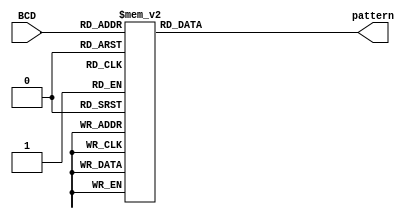
module bcd_to_7seg(BCD, pattern);
output reg [6:0] pattern; 
input wire [3:0] BCD; 
always @ (BCD) 
begin // BCD to 7-segment decoding 
case (BCD) // s0 - s6 are active low
	4'b0000: pattern = 7'b000_1000;
	4'b0001: pattern = 7'b110_1101;
	4'b0010: pattern = 7'b010_0010;
	4'b0011: pattern = 7'b010_0100;
	4'b0100: pattern = 7'b100_0101;
	4'b0101: pattern = 7'b001_0100;
	4'b0110: pattern = 7'b001_0000;
	4'b0111: pattern = 7'b010_1101;
	4'b1000: pattern = 7'b000_0000;
	4'b1001: pattern = 7'b000_0100;
	default: pattern = 7'b111_1111;
endcase
end
endmodule